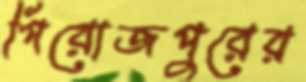
পিরোজপুরের